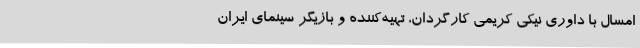
امسال با داوری نیکی کریمی کارگردان، تهیه‌کننده و بازیگر سینمای ایران